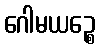
ဂေါမယဉ္စေ